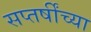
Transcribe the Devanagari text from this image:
सप्तर्षींच्या